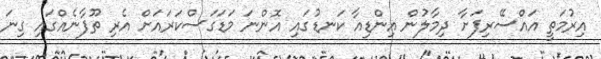
އިރުމަތީ އައްސޭރިފަށާ ދިމާލުން އިންޑިއާ ކަނޑުގައި އޮންނަ މަޑަގަސްކަރައަށް އެރި ތޫފާނެއްގައި ގިނަ